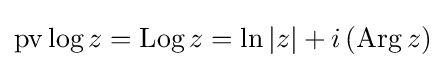
\mathrm {pv} \log {z}=\mathrm {Log} \,z=\ln {|z|}+i\left(\mathrm {Arg} \,z\right)